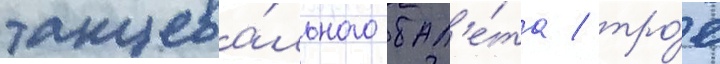
танцева́льного бал'е́та / тро́е